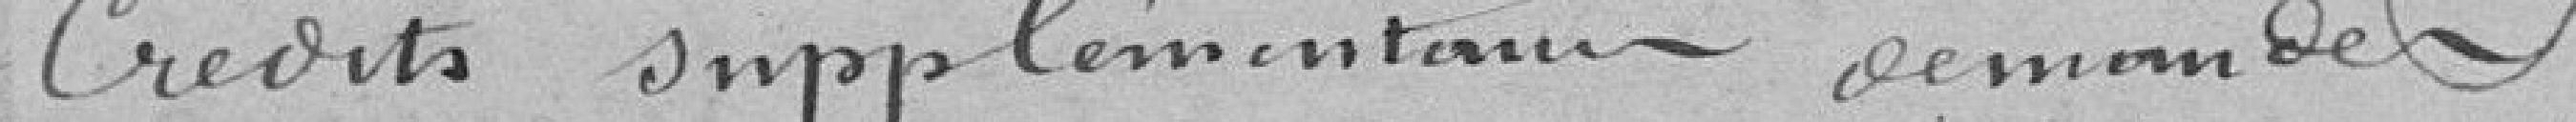
crédits supplémentaires demandés.